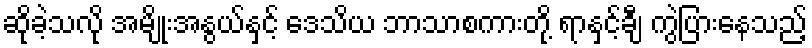
ဆိုခဲ့သလို အမျိုးအနွယ်နှင့် ဒေသိယ ဘာသာစကားတို့ ရာနှင့်ချီ ကွဲပြားနေသည့်